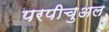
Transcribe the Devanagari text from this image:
परपीचुअल